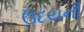
ઉદયની